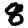
Digit: 8